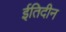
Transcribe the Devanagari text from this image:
ईतिदीन